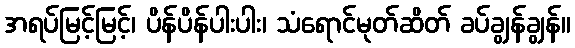
အရပ်မြင့်မြင့်၊ ပိန်ပိန်ပါးပါး၊ သံရောင်မုတ်ဆိတ် ခပ်ချွန်ချွန်။